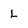
Character: L